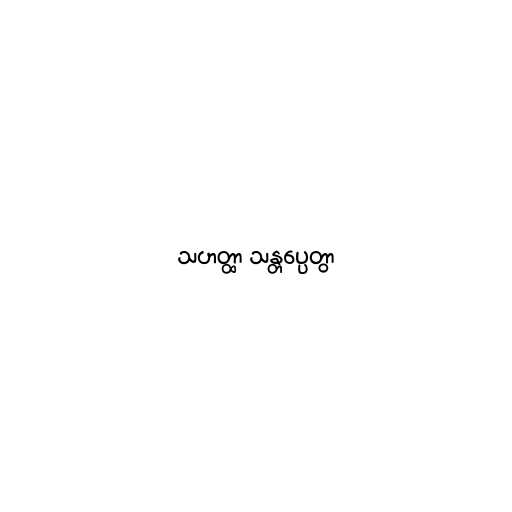
သဟတ္ထာ သန္တပ္ပေတွာ